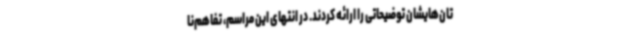
تان‌هایشان توضیحاتی را ارائه کردند. در انتهای این مراسم، تفاهم‌نا